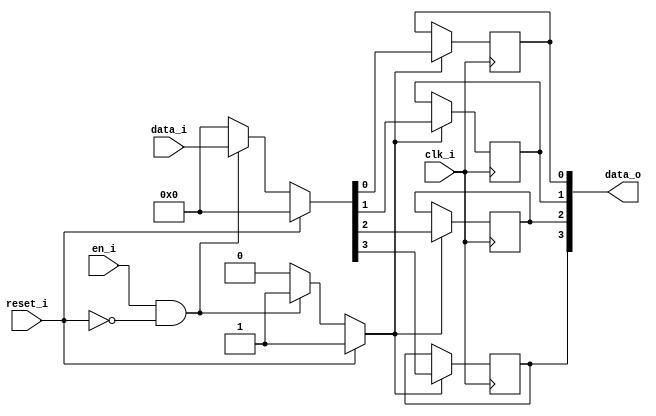
module bsg_dff_reset_en_width_p4_reset_val_p0
(
  clk_i,
  reset_i,
  en_i,
  data_i,
  data_o
);

  input [3:0] data_i;
  output [3:0] data_o;
  input clk_i;
  input reset_i;
  input en_i;
  wire [3:0] data_o;
  wire N0,N1,N2,N3,N4,N5,N6,N7,N8,N9;
  reg data_o_3_sv2v_reg,data_o_2_sv2v_reg,data_o_1_sv2v_reg,data_o_0_sv2v_reg;
  assign data_o[3] = data_o_3_sv2v_reg;
  assign data_o[2] = data_o_2_sv2v_reg;
  assign data_o[1] = data_o_1_sv2v_reg;
  assign data_o[0] = data_o_0_sv2v_reg;

  always @(posedge clk_i) begin
    if(N3) begin
      data_o_3_sv2v_reg <= N7;
    end 
  end


  always @(posedge clk_i) begin
    if(N3) begin
      data_o_2_sv2v_reg <= N6;
    end 
  end


  always @(posedge clk_i) begin
    if(N3) begin
      data_o_1_sv2v_reg <= N5;
    end 
  end


  always @(posedge clk_i) begin
    if(N3) begin
      data_o_0_sv2v_reg <= N4;
    end 
  end

  assign N3 = (N0)? 1'b1 : 
              (N9)? 1'b1 : 
              (N2)? 1'b0 : 1'b0;
  assign N0 = reset_i;
  assign { N7, N6, N5, N4 } = (N0)? { 1'b0, 1'b0, 1'b0, 1'b0 } : 
                              (N9)? data_i : 1'b0;
  assign N1 = en_i | reset_i;
  assign N2 = ~N1;
  assign N8 = ~reset_i;
  assign N9 = en_i & N8;

endmodule